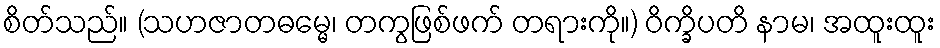
စိတ်သည်။ (သဟဇာတဓမ္မေ၊ တကွဖြစ်ဖက် တရားကို။) ဝိက္ခိပတိ နာမ၊ အထူးထူး